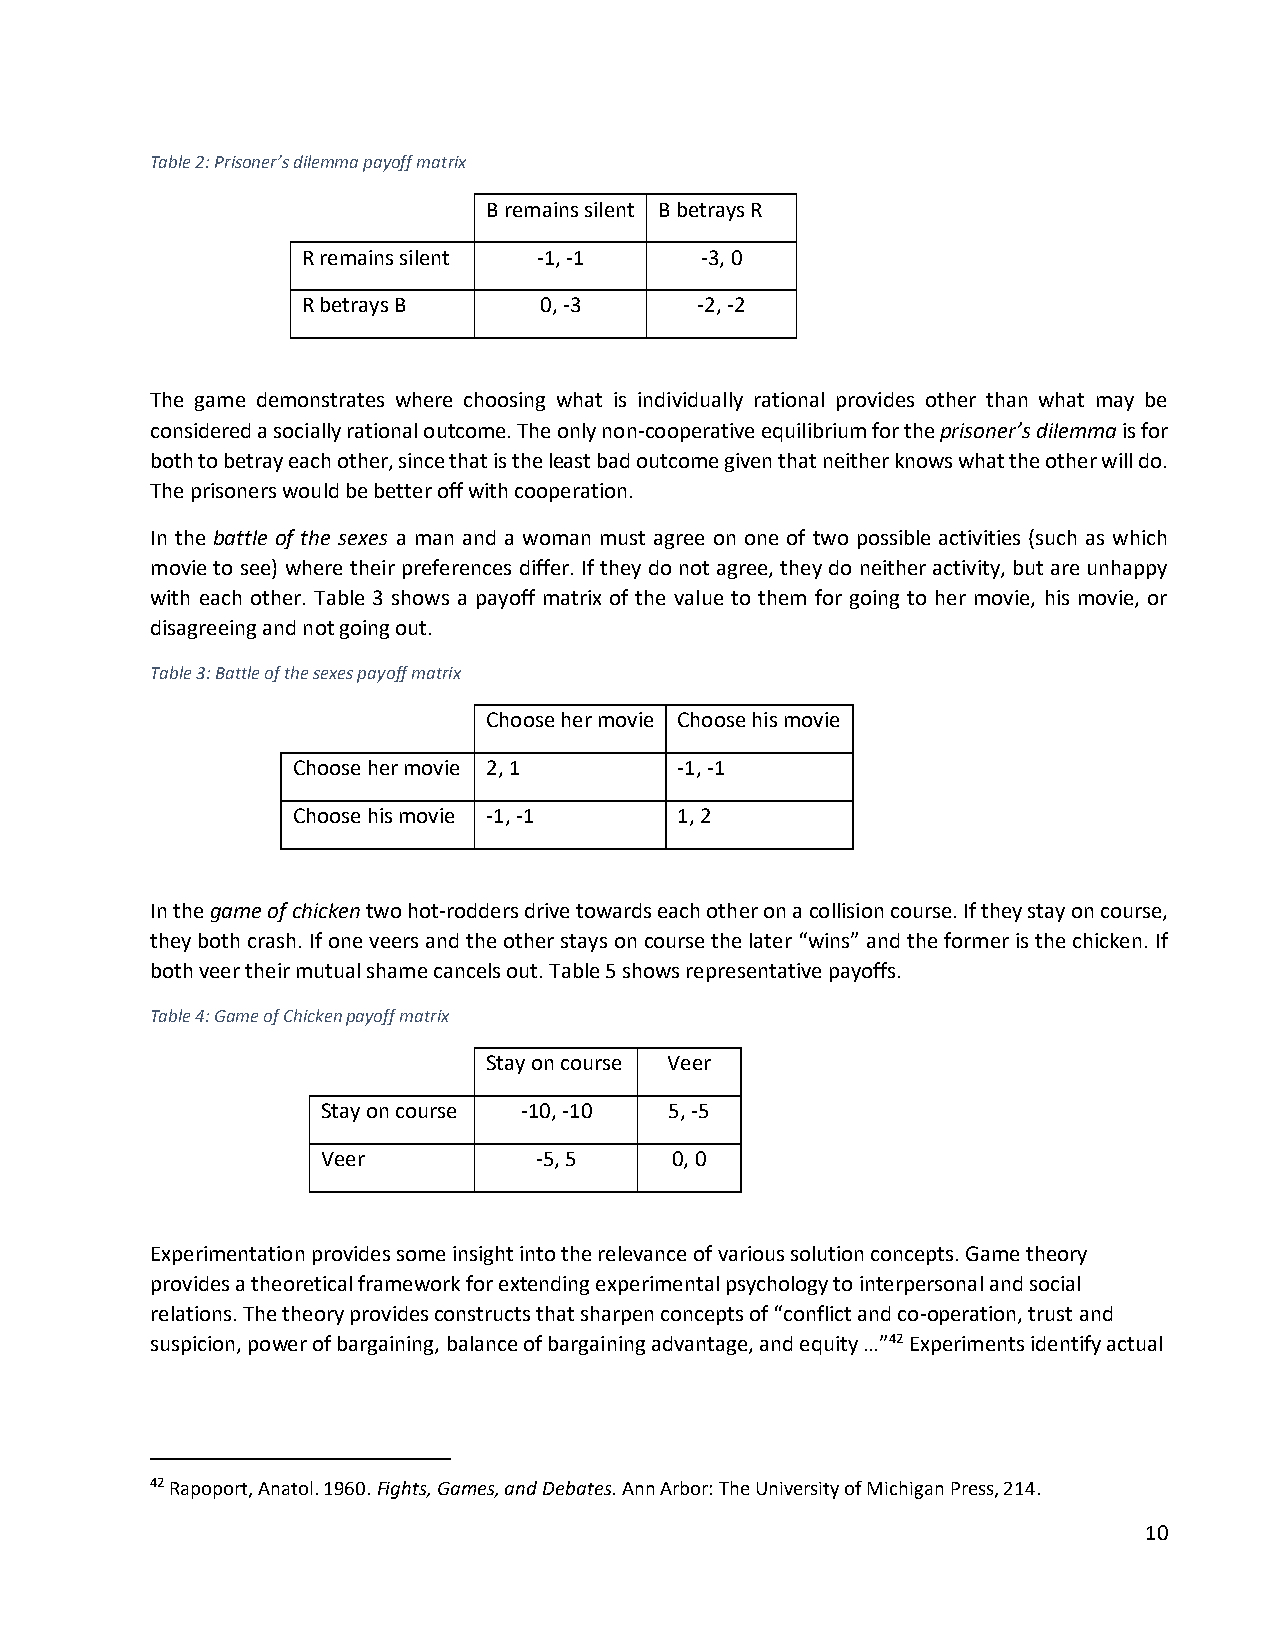
Table 2: Prisoner’s dilemma payoff matrix
 B remains silent B betrays R
 R remains silent -1, -1   -3, 0
 R betrays B     0, -3     -2, -2
 The game demonstrates where choosing what is individually rational provides other than what may be
 considered a socially rational outcome. The only non-cooperative equilibrium for the prisoner’s dilemma is for
 both to betray each other, since that is the least bad outcome given that neither knows what the other will do.
 The prisoners would be better off with cooperation.
 In the battle of the sexes a man and a woman must agree on one of two possible activities (such as which
 movie to see) where their preferences differ. If they do not agree, they do neither activity, but are unhappy
 with each other. Table 3 shows a payoff matrix of the value to them for going to her movie, his movie, or
 disagreeing and not going out.
 Table 3: Battle of the sexes payoff matrix
 Choose her movie Choose his movie
 Choose her movie 2, 1     -1, -1
 Choose his movie -1, -1   1, 2
 In the game of chicken two hot-rodders drive towards each other on a collision course. If they stay on course,
 they both crash. If one veers and the other stays on course the later “wins” and the former is the chicken. If
 both veer their mutual shame cancels out. Table 5 shows representative payoffs.
 Table 4: Game of Chicken payoff matrix
 Stay on course Veer
 Stay on course -10, -10 5, -5
 Veer          -5, 5    0, 0
 Experimentation provides some insight into the relevance of various solution concepts. Game theory
 provides a theoretical framework for extending experimental psychology to interpersonal and social
 relations. The theory provides constructs that sharpen concepts of “conflict and co-operation, trust and
 suspicion, power of bargaining, balance of bargaining advantage, and equity …”42 Experiments identify actual
 42 Rapoport, Anatol. 1960. Fights, Games, and Debates. Ann Arbor: The University of Michigan Press, 214.
 10